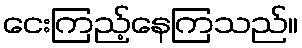
ငေးကြည့်နေကြသည်။